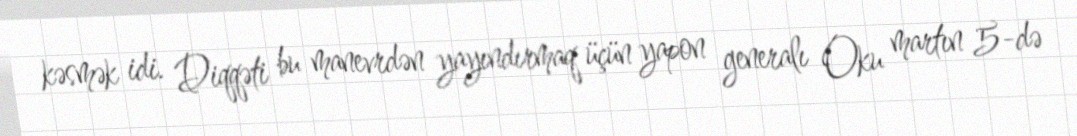
kəsmək idi. Diqqəti bu manevrdən yayındırmaq üçün yapon generalı Oku martın 5-də